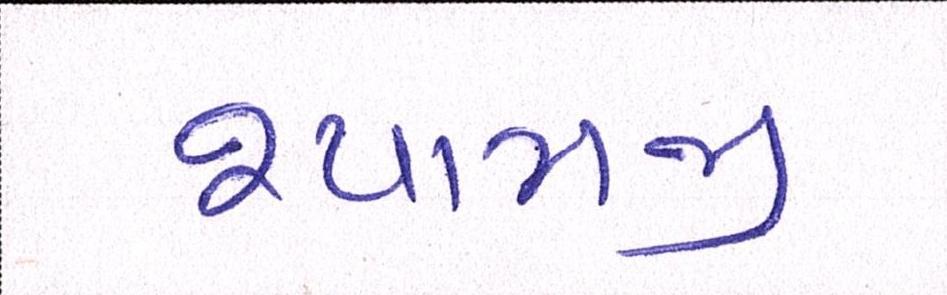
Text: શ્યામજી